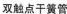
双触点干簧管